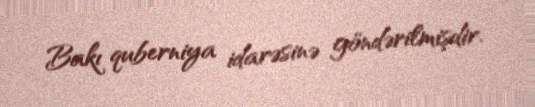
Bakı quberniya idarəsinə göndərilmişdir.